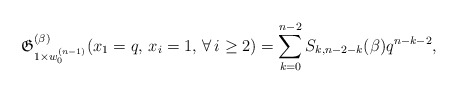
\begin{gather*}\mathfrak{G}_{1 \times w_{0}^{(n-1)}}^{(\beta)}(x_1=q, \, x_i=1,\, \forall\, i \ge 2) =\sum_{k=0}^{n-2} S_{k,n-2-k}(\beta) q^{n-k-2},\end{gather*}